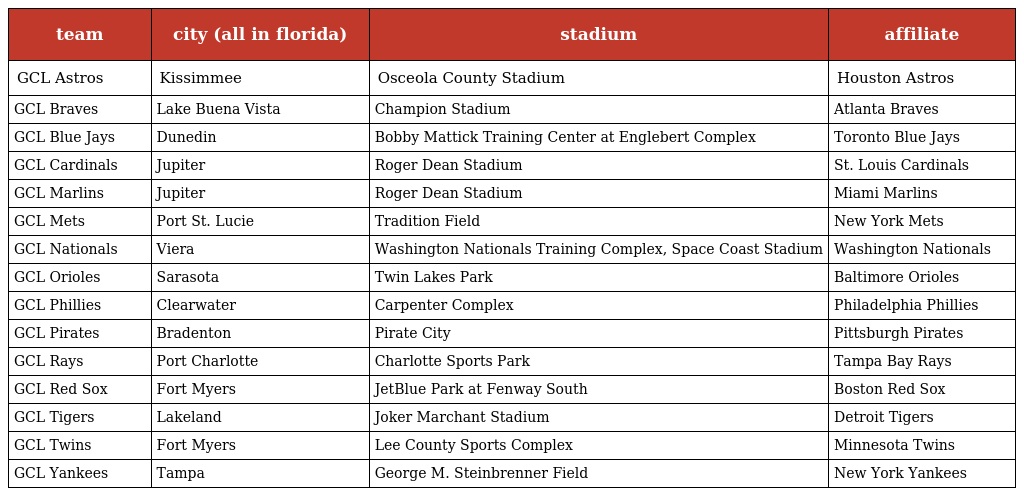
| team | city (all in florida) | stadium | affiliate |
 | --- | --- | --- | --- |
 | GCL Astros | Kissimmee | Osceola County Stadium | Houston Astros |
 | GCL Braves | Lake Buena Vista | Champion Stadium | Atlanta Braves |
 | GCL Blue Jays | Dunedin | Bobby Mattick Training Center at Englebert Complex | Toronto Blue Jays |
 | GCL Cardinals | Jupiter | Roger Dean Stadium | St. Louis Cardinals |
 | GCL Marlins | Jupiter | Roger Dean Stadium | Miami Marlins |
 | GCL Mets | Port St. Lucie | Tradition Field | New York Mets |
 | GCL Nationals | Viera | Washington Nationals Training Complex, Space Coast Stadium | Washington Nationals |
 | GCL Orioles | Sarasota | Twin Lakes Park | Baltimore Orioles |
 | GCL Phillies | Clearwater | Carpenter Complex | Philadelphia Phillies |
 | GCL Pirates | Bradenton | Pirate City | Pittsburgh Pirates |
 | GCL Rays | Port Charlotte | Charlotte Sports Park | Tampa Bay Rays |
 | GCL Red Sox | Fort Myers | JetBlue Park at Fenway South | Boston Red Sox |
 | GCL Tigers | Lakeland | Joker Marchant Stadium | Detroit Tigers |
 | GCL Twins | Fort Myers | Lee County Sports Complex | Minnesota Twins |
 | GCL Yankees | Tampa | George M. Steinbrenner Field | New York Yankees |